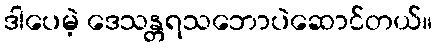
ဒါပေမဲ့ ဒေသန္တရသဘောပဲဆောင်တယ်။